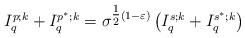
LaTeX: \begin{align*}I_q^{p;k} + I_q^{p^*;k} = \sigma^{\tfrac 12(1-\varepsilon)}\left(I_q^{s;k}+I_q^{s^*;k}\right)\end{align*}